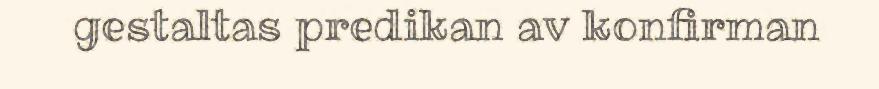
gestaltas predikan av konfirman